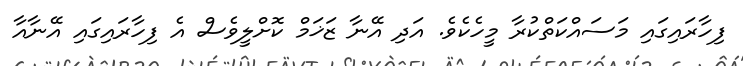
ފިހާރައިގައި މަސައްކަތްކުރާ މީހެކެވެ. އަދި އޭނާ ޒަޚަމް ކޮށްލީވެސް އެ ފިހާރައިގައި އޭނާއާ